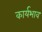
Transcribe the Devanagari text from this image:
कार्यभाव